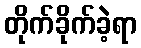
တိုက်ခိုက်ခဲ့ရာ